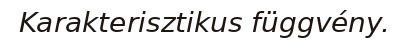
Karakterisztikus függvény.